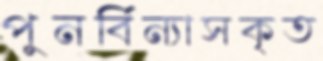
পুনর্বিন্যাসকৃত